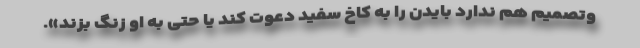
وتصمیم هم ندارد بایدن را به کاخ سفید دعوت کند یا حتی به او زنگ بزند».